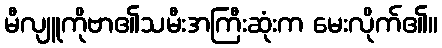
မီလျူကိုဗာ၏သမီးအကြီးဆုံးက မေးလိုက်၏။